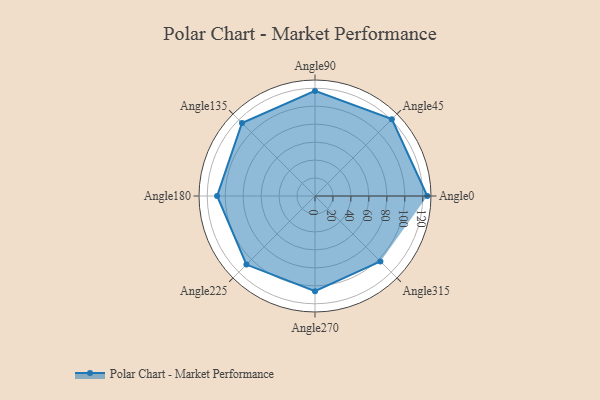
{"axis": {"x": "Angle", "y": "Radius"}, "legend": [""], "data": [{"x": "Angle0", "y": 125.0, "type": ""}, {"x": "Angle45", "y": 121.0, "type": ""}, {"x": "Angle90", "y": 117.0, "type": ""}, {"x": "Angle135", "y": 115.0, "type": ""}, {"x": "Angle180", "y": 109.0, "type": ""}, {"x": "Angle225", "y": 108.0, "type": ""}, {"x": "Angle270", "y": 106.0, "type": ""}, {"x": "Angle315", "y": 103.0, "type": ""}]}